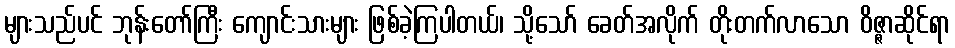
များသည်ပင် ဘုန်းတော်ကြီး ကျောင်းသားများ ဖြစ်ခဲ့ကြပါတယ်၊ သို့သော် ခေတ်အလိုက် တိုးတက်လာသော ဝိဇ္ဇာဆိုင်ရာ